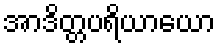
အာဒိတ္တပရိယာယော